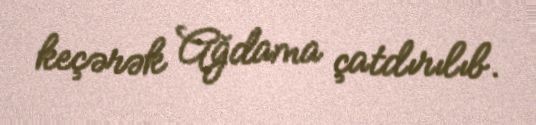
keçərək Ağdama çatdırılıb.